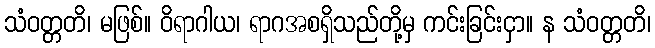
သံဝတ္တတိ၊ မဖြစ်။ ဝိရာဂါယ၊ ရာဂအစရှိသည်တို့မှ ကင်းခြင်းငှာ။ န သံဝတ္တတိ၊